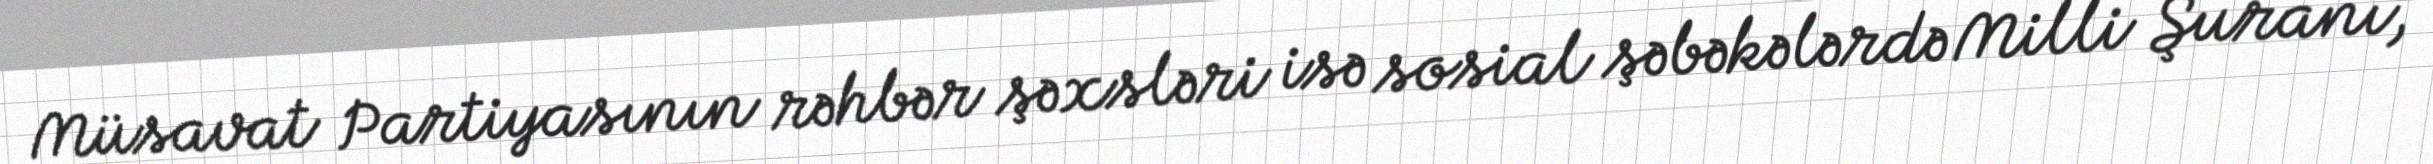
Müsavat Partiyasının rəhbər şəxsləri isə sosial şəbəkələrdə Milli Şuranı,